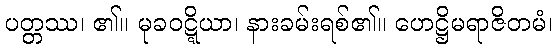
ပတ္တဿ၊ ၏။ မုခဝဋ္ဋိယာ၊ နားခမ်းရစ်၏။ ဟေဋ္ဌိမရာဇိတမံ၊